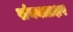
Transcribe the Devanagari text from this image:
संयक्ताक्षर